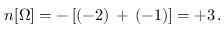
n [ \Omega ] = - \left[ ( - 2 ) \, + \, ( - 1 ) \right] = + 3 \, .